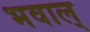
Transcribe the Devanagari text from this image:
भवाल्